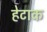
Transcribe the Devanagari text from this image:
हेटाक